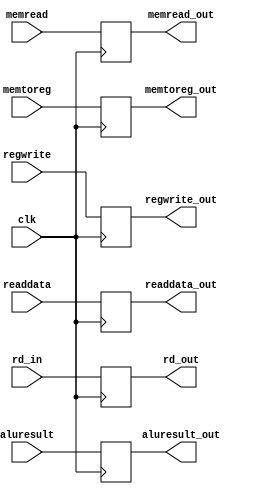
`timescale 1ns / 1ps
//////////////////////////////////////////////////////////////////////////////////
// Company: 
// Engineer: 
// 
// Design Name: 
// Module Name: MEM
// Project Name: 
// Target Devices: 
// Tool Versions: 
// Description: 
// 
// Dependencies: 
// 
// Revision:
// Revision 0.01 - File Created
// Additional Comments:
// 
//////////////////////////////////////////////////////////////////////////////////



module MEMWB(clk,regwrite,memtoreg,memread,readdata,aluresult,rd_in,regwrite_out,memtoreg_out,memread_out,readdata_out,aluresult_out,rd_out);
    input clk,regwrite,memtoreg,memread;
    input [31:0] readdata;
    input [31:0] aluresult;
    input [4:0] rd_in;
    output reg regwrite_out,memtoreg_out,memread_out;
    output reg [31:0] readdata_out;
    output reg [31:0] aluresult_out;
    output reg [4:0] rd_out;
    always @(posedge clk) begin
        regwrite_out = regwrite;
        memtoreg_out = memtoreg;
        readdata_out = readdata;
        aluresult_out = aluresult;
        rd_out = rd_in;
        memread_out = memread;
    end
endmodule

module LwswHazard(rs2_mem,rd_wb,memread_wb,memwrite_mem,memsrc);
    input memread_wb,memwrite_mem;
    input [4:0] rs2_mem;
    input [4:0] rd_wb;
    output reg memsrc;
    initial begin
        memsrc = 0;
    end
    always @(*) begin
        if (memread_wb && memwrite_mem && rs2_mem == rd_wb) memsrc = 1;
        else memsrc = 0;
    end
endmodule

module DataMem(readdata_wb,memsrc,aluresult,writedata,memwrite,memread,dataout,bitype,unsign,clk);
    input [31:0] readdata_wb;
    input [31:0] aluresult;
    input [31:0] writedata;
    input memwrite, memread, clk,bitype,unsign,memsrc;
    output reg [31:0] dataout;
    reg [7:0] memory[31:0];
    integer i; 
    initial begin
        for (i = 0; i < 32; i = i + 1) memory[i] = 32'b0;
        dataout = 32'b0;
    end
    always @(posedge clk) begin
        if (memsrc==1) begin
            if (memwrite && bitype) begin
                memory[aluresult] = readdata_wb;
                dataout = 32'b0;
            end
            else if(memwrite) begin
                memory[aluresult] = readdata_wb[7:0];
                memory[aluresult+1] = readdata_wb[15:8];
                memory[aluresult+2] = readdata_wb[23:16];
                memory[aluresult+3] = readdata_wb[31:24];
                dataout = 32'b0;
            end
        end
        else begin
            if (memwrite && bitype) begin
                memory[aluresult] = writedata;
                dataout = 32'b0;
            end
            else if(memwrite) begin
                memory[aluresult] = writedata[7:0];
                memory[aluresult+1] = writedata[15:8];
                memory[aluresult+2] = writedata[23:16];
                memory[aluresult+3] = writedata[31:24];
                dataout = 32'b0;
            end
        end
    end
    always @(posedge clk) begin
        if (memread == 1'b1 && aluresult >= 0) begin
            if(bitype && unsign) dataout = {24'b0,memory[aluresult]};
            else if(bitype) dataout = $signed(memory[aluresult]);
            else dataout = {memory[aluresult+3],memory[aluresult+2],memory[aluresult+1],memory[aluresult]};
        end
    end
    always @(memread or aluresult or bitype or unsign) begin
        if (memread == 1'b1 && aluresult >= 0) begin
            if(bitype && unsign) dataout = {24'b0,memory[aluresult]};
            else if(bitype) dataout = $signed(memory[aluresult]);
            else dataout = {memory[aluresult+3],memory[aluresult+2],memory[aluresult+1],memory[aluresult]};
        end
    end
endmodule